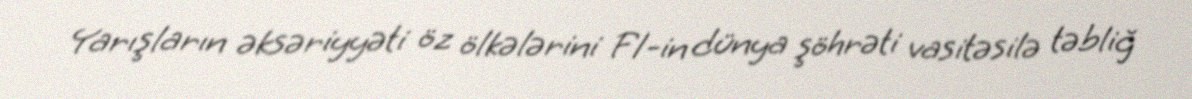
Yarışların əksəriyyəti öz ölkələrini F1-in dünya şöhrəti vasitəsilə təbliğ